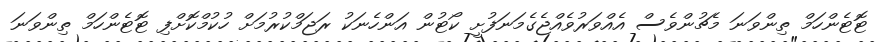
ޓޮޓެންހަމް ތިންވަނަ މެޗުންވެސް އެއްވަރުވެއްޖެގެމަނަފުށީ ކޯޓުން އަންހެނަކު ރަޖަމްކުރުމަށް ހުކުމްކޮށްފި ޓޮޓެންހަމް ތިންވަނަ